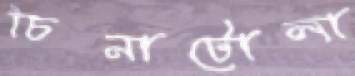
চিনাটোলা